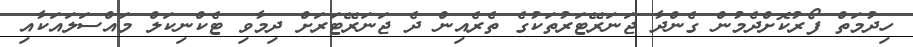
ހިދުމަތް ފޯރުކޮށްދެމުން ގެންދާ ޖަނަރޭޓަރުތަކުގެ ތެރެއިން ދެ ޖަނަރޭޓަރަށް ދިމާވި ޓެކްނިކަލް މައްސަލައަކާއި